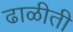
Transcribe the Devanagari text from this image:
ढाळीती